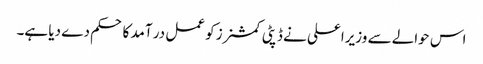
اس حوالے سے وزیراعلی نے ڈپٹی کمشنرز کو عمل در آمد کا حکم دے دیا ہے۔